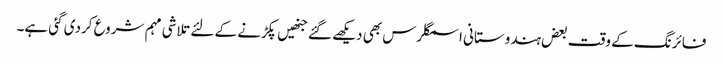
فائرنگ کے وقت بعض ہندوستانی اسمگلرس بھی دیکھے گئے جنھیں پکڑنے کے لئے تلاشی مہم شروع کردی گئی ہے۔